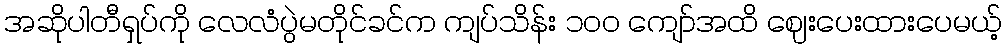
အဆိုပါတီရှပ်ကို လေလံပွဲမတိုင်ခင်က ကျပ်သိန်း ၁၀၀ ကျော်အထိ ဈေးပေးထားပေမယ့်